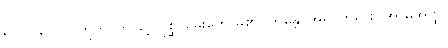
ရှိပါသလော။ ဣတိ၊ ဤသို့။ ပုစ္ဆိ၊ မေးတော်မူ၏။ ဘန္တေ၊ အရှင်ဘုရား။ အာမအတ္ထိ၊